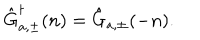
\hat { \mathrm { G } } _ { a , \pm } ^ { \dagger } ( n ) = \hat { \mathrm { G } } _ { a , \pm } ( - n ) .